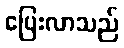
ပြေးလာသည်